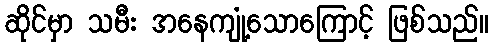
ဆိုင်မှာ သမီး အနေကျုံ့သောကြောင့် ဖြစ်သည်။